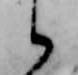
候